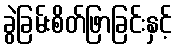
ခွဲခြမ်းစိတ်ဖြာခြင်းနှင့်